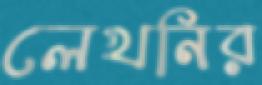
লেখনির